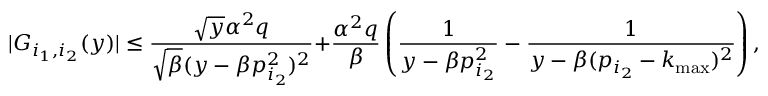
| { \cal G } _ { i _ { 1 } , i _ { 2 } } ( y ) | \leq { \frac { \sqrt { y } \alpha ^ { 2 } q } { \sqrt { \beta } ( y - \beta p _ { i _ { 2 } } ^ { 2 } ) ^ { 2 } } } + \frac { \alpha ^ { 2 } q } { \beta } \left( \frac { 1 } { y - \beta p _ { i _ { 2 } } ^ { 2 } } - { \frac { 1 } { y - \beta ( p _ { i _ { 2 } } - k _ { \mathrm { m a x } } ) ^ { 2 } } } \right) ,